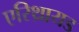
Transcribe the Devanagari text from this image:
एरिथ्रायड